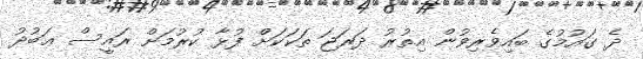
ދެ ގައުމުގެ ބައިވެރިވުން އިތުރު ދަރަޖަ ތަކަކަށް ފުޅާ ކުރުމަށް ރައީސް ޢަބުދު